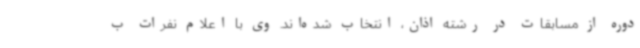
دوره از مسابقات در رشته اذان، انتخاب شده‌اند. وی با اعلام نفرات ب